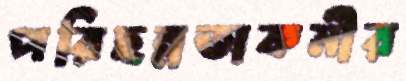
পরিছন্নতাকর্মীর